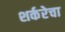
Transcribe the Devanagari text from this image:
शर्करेचा